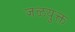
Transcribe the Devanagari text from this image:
जळयुक्त